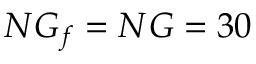
N G _ { f } = N G = 3 0